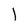
Character: 1